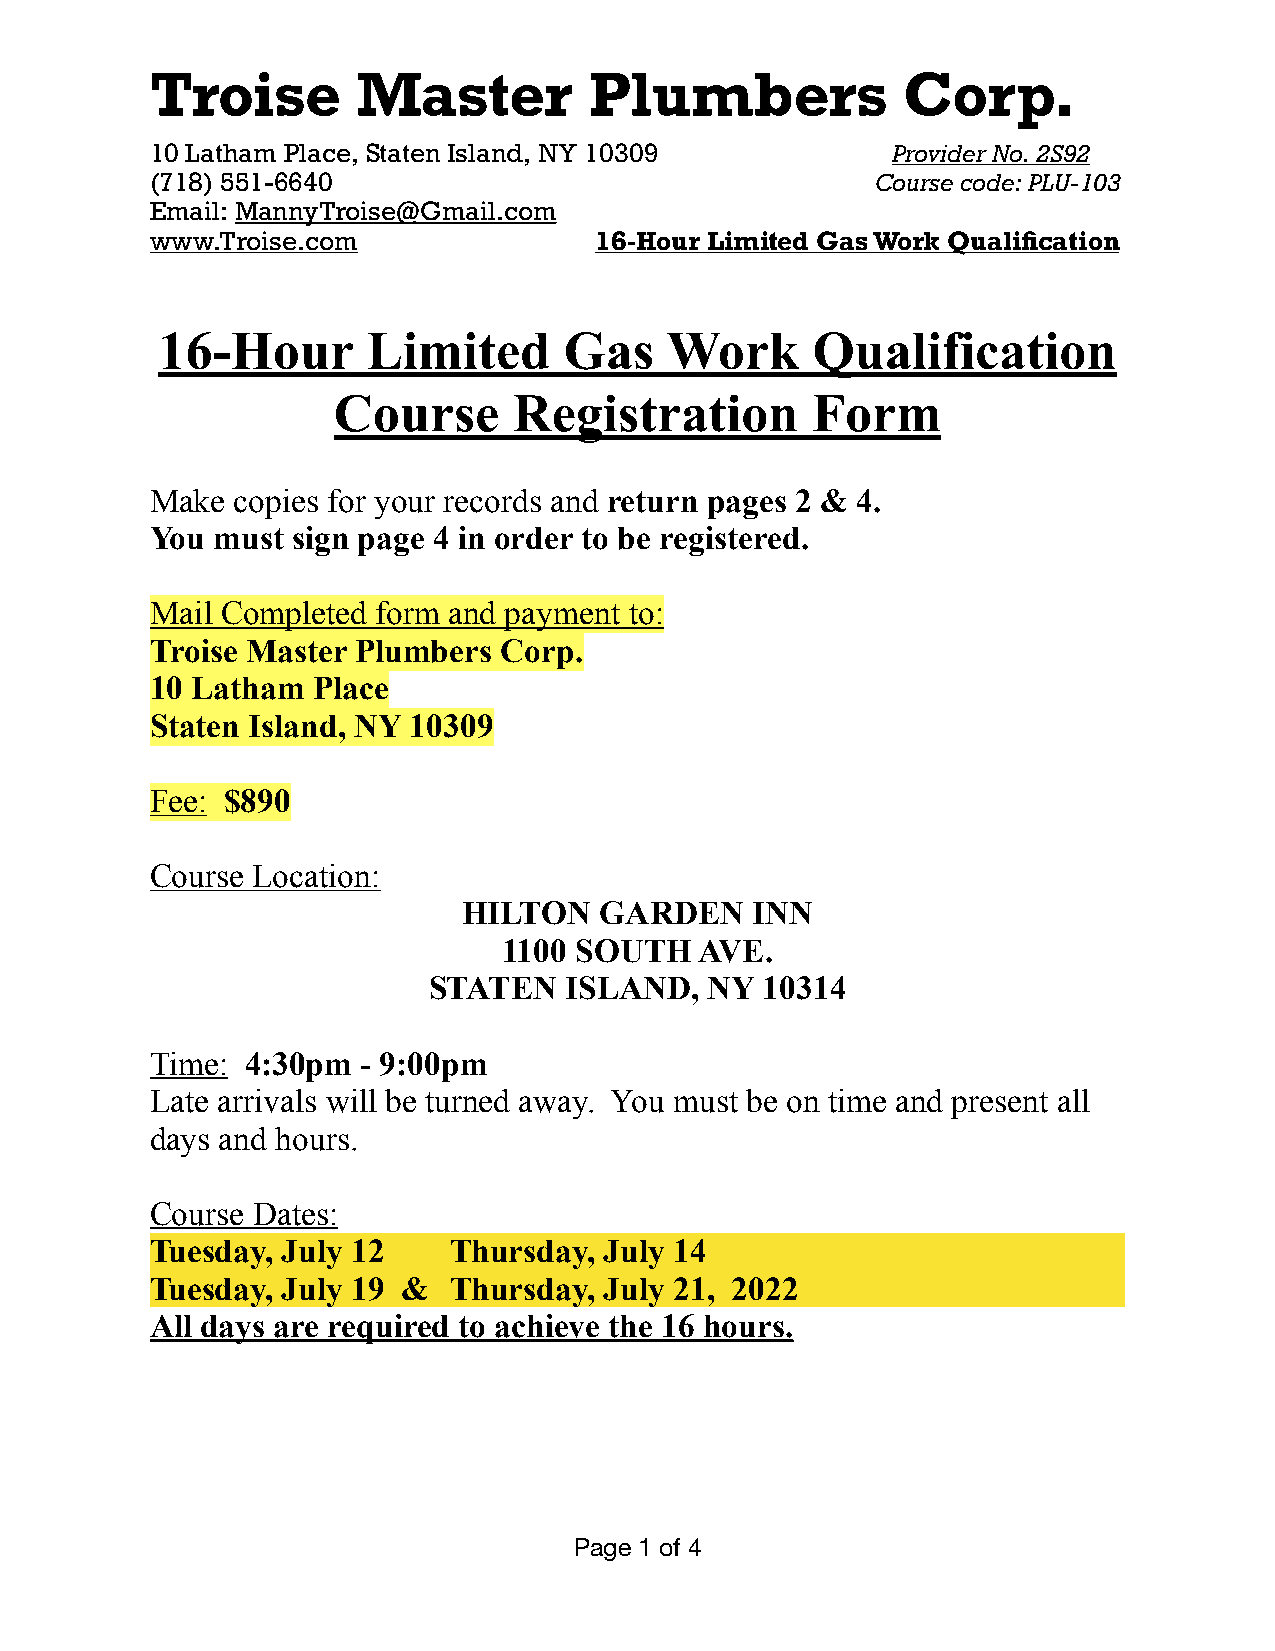
Troise        Master         Plumbers             Corp.
 10 Latham Place, Staten Island, NY 10309         Provider No. 2S92
 (718) 551-6640                                  Course code: PLU-103
 Email: MannyTroise@Gmail.com
 www.Troise.com               16-Hour Limited Gas Work Qualification
 16-Hour       Limited      Gas    Work      Qualification
 Course      Registration        Form
 Make  copies for your records and return pages 2 & 4.
 You must sign page 4 in order to be registered.
 Mail Completed form and payment to:
 Troise Master Plumbers Corp.
 10 Latham  Place
 Staten Island, NY 10309
 Fee: $890
 Course Location:
 HILTON   GARDEN    INN
 1100 SOUTH   AVE.
 STATEN   ISLAND,   NY  10314
 Time: 4:30pm  - 9:00pm
 Late arrivals will be turned away. You must be on time and present all
 days and hours.
 Course Dates:
 Tuesday, July 12    Thursday, July 14
 Tuesday, July 19 &  Thursday, July 21, 2022
 All days are required to achieve the 16 hours.
 Page 1 of 4